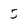
Character: 5